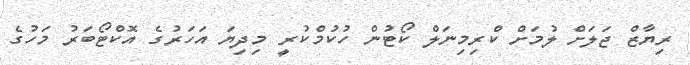
ރިޔާޒް ޖަލަށް ލުމަށް ކްރިމިނަލް ކޯޓުން ހުކުމްކުރީ މިދިޔަ އަހަރުގެ އޮކްޓޯބަރު މަހުގެ